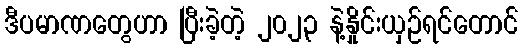
ဒီပမာဏတွေဟာ ပြီးခဲ့တဲ့ ၂၀၂၃ နဲ့နှိုင်းယှဉ်ရင်တောင်